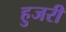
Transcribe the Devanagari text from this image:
हुजरी